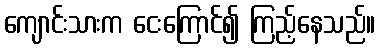
ကျောင်းသားက ငေးကြောင်၍ ကြည့်နေသည်။